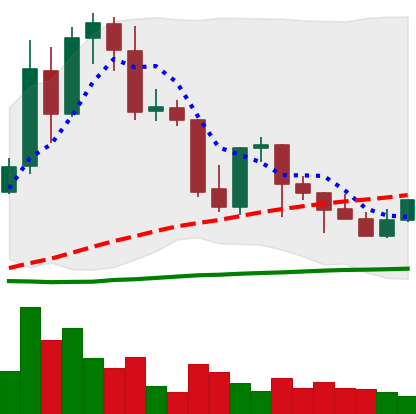
Ticker: TRX-USD
Chart end date: 2021-09-30
Forward return: 7.556%
Label: up_7plus